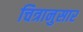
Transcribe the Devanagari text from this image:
चित्रानुसार